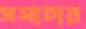
সমাচার